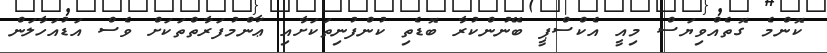
ކޮންމެ ގޮތެއްވިޔަސް މިއީ އެކްސްޕީ ބޭނުންކުރާ ބޮޑެތި ކުންފުނިތަކަށާއި ޢާންމުފަރާތްތަކަށް ވެސް އަޑުއަހާލަން